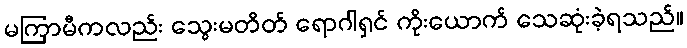
မကြာမီကလည်း သွေးမတိတ် ရောဂါရှင် ကိုးယောက် သေဆုံးခဲ့ရသည်။